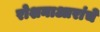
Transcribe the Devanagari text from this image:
रोशनाआरांचे